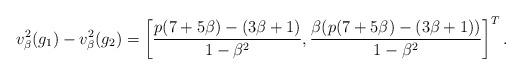
LaTeX: \begin{align*} v_\beta^2(g_1)-v_\beta^2(g_2)=\left[\frac{p(7+5\beta)-(3\beta+1)}{1-\beta^2}, \frac{\beta(p(7+5\beta)-(3\beta+1))}{1-\beta^2}\right]^T.\end{align*}